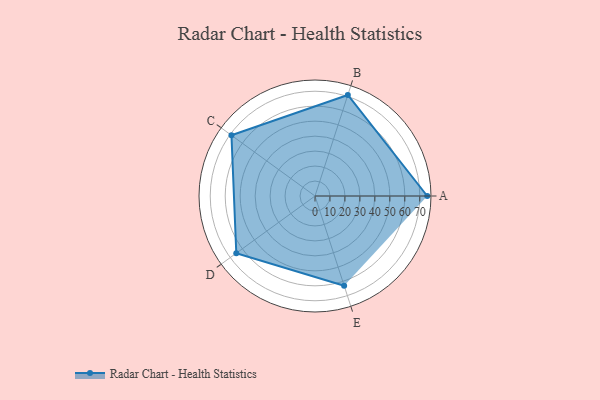
{"axis": {"x": "Skill", "y": "Score"}, "legend": ["Profile"], "data": [{"x": "A", "y": 75.0, "type": "Profile"}, {"x": "B", "y": 71.0, "type": "Profile"}, {"x": "C", "y": 69.0, "type": "Profile"}, {"x": "D", "y": 65.0, "type": "Profile"}, {"x": "E", "y": 63.0, "type": "Profile"}]}